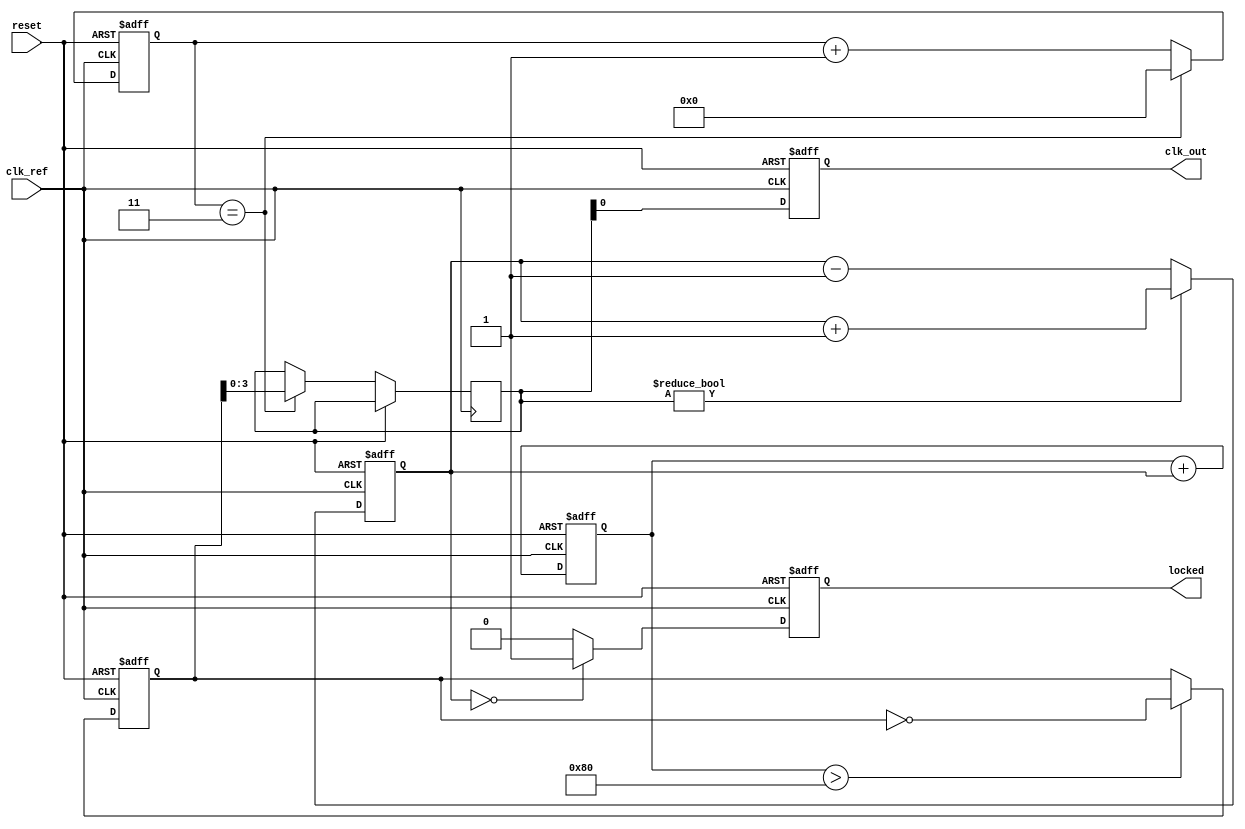
module integer_n_pll (
    input wire clk_ref,          // Reference clock input
    input wire reset,           // Reset signal
    output reg clk_out,         // Output clock
    output reg locked           // Lock status
);

    // Parameters
    parameter N = 4;            // Division ratio
    parameter LOOP_FILTER_SIZE = 8; // Size of the loop filter (for simplicity)

    // Internal signals
    reg [LOOP_FILTER_SIZE-1:0] error_signal; // Error signal from PD
    reg [LOOP_FILTER_SIZE-1:0] control_voltage; // Control voltage for VCO
    reg [LOOP_FILTER_SIZE-1:0] vco_output; // VCO output
    reg [N-1:0] feedback_counter; // Feedback counter for divider
    reg [N-1:0] feedback_clk; // Feedback clock signal

    // Phase Detector (PD)
    always @(posedge clk_ref or posedge reset) begin
        if (reset) begin
            error_signal <= 0;
        end else begin
            // Simple phase comparison logic (for demonstration)
            if (feedback_clk) begin
                error_signal <= error_signal + 1; // Output leading
            end else begin
                error_signal <= error_signal - 1; // Output lagging
            end
        end
    end

    // Loop Filter (LF)
    always @(posedge clk_ref or posedge reset) begin
        if (reset) begin
            control_voltage <= 0;
        end else begin
            // Simple first-order loop filter (for demonstration)
            control_voltage <= control_voltage + error_signal;
        end
    end

    // Voltage-Controlled Oscillator (VCO)
    always @(posedge clk_ref or posedge reset) begin
        if (reset) begin
            vco_output <= 0;
            clk_out <= 0;
            feedback_counter <= 0;
            locked <= 0;
        end else begin
            // Generate output clock based on control voltage
            if (control_voltage > 128) begin // Arbitrary threshold for frequency adjustment
                vco_output <= ~vco_output; // Toggle output
            end
            
            // Feedback divider logic
            if (feedback_counter == N-1) begin
                feedback_clk <= vco_output;
                feedback_counter <= 0;
            end else begin
                feedback_counter <= feedback_counter + 1;
            end
            
            // Output clock assignment
            clk_out <= feedback_clk;

            // Lock detection (simple logic)
            if (error_signal == 0) begin
                locked <= 1; // PLL is locked
            end else begin
                locked <= 0; // PLL is not locked
            end
        end
    end

endmodule